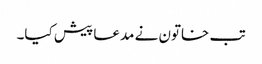
تب خاتون نے مدعا پیش کیا۔